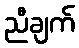
ညီချက်